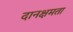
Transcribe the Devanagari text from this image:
दानक्षमता